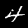
Digit: 4